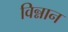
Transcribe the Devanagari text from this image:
विन्नान